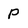
Character: P